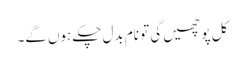
کل پوچھیں گی تو نام بدل چکے ہوں گے۔